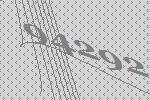
94292